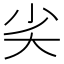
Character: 𡭟